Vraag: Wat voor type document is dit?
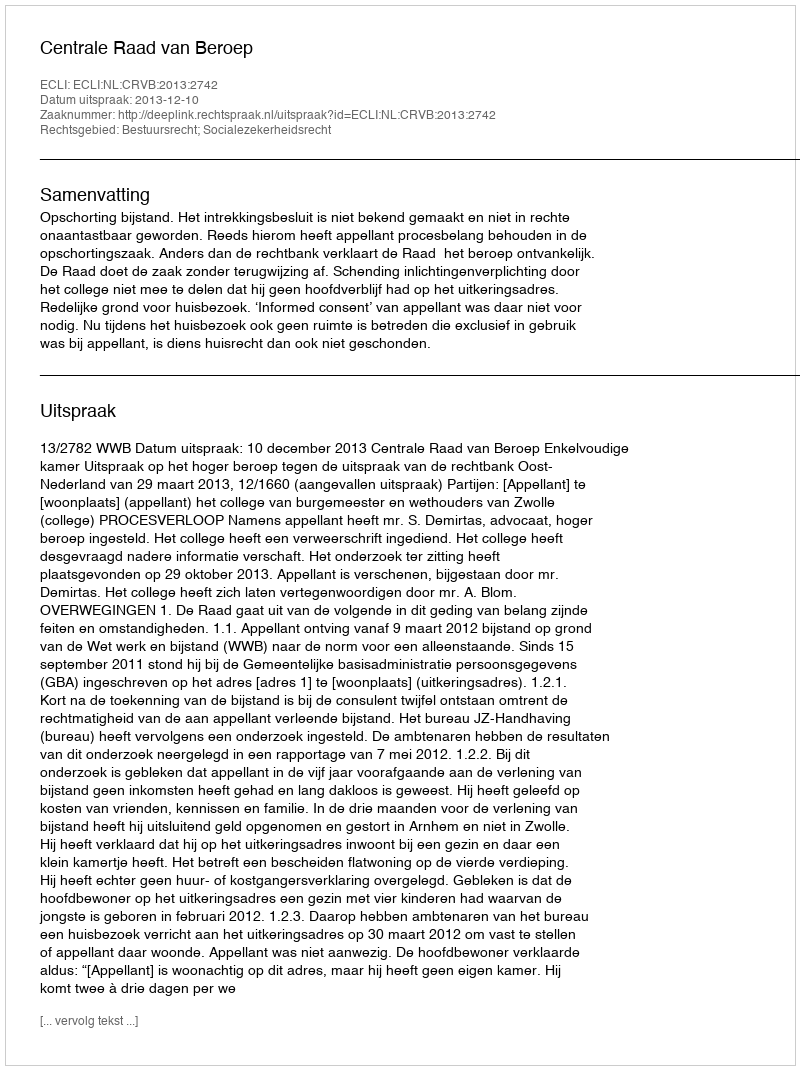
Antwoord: Uitspraak